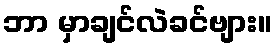
ဘာ မှာချင်လဲခင်ဗျား။